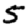
Digit: 5